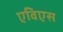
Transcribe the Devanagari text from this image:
एविएस